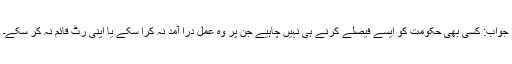
جواب: کسی بھی حکومت کو ایسے فیصلے کرنے ہی نہیں چاہیے جن پر وہ عمل درا آمد نہ کرا سکے یا اپنی رٹ قائم نہ کر سکے۔